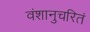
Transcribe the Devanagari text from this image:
वंशानुचरितं